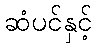
ဆံပင်နှင့်